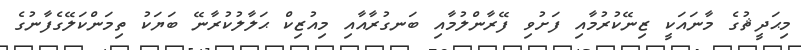
މިޙަދީޘުގެ މާނައަކީ ޒިނޭކުރުމާއި ފަށުވި ފޭރާންލުމާއި ބަނގުރާއާއި މިއުޒިކް ޙަލާލުކުރާނޭ ބަޔަކު ތިމަންކަލޭގެފާނުގެ